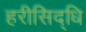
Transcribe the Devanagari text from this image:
हरीसिद्धि